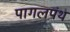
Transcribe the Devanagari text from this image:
पागलपंथ